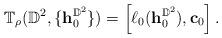
LaTeX: \begin{align*}\mathbb{T}_{\rho}(\mathbb{D}^2,\{\mathbf{h}_0^{\mathbb{D}^2}\})=\left[\ell_0(\mathbf{h}_0^{\mathbb{D}^2}), \mathbf{c}_0\right].\end{align*}